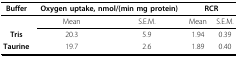
<table><thead><tr><td><b>Buffer</b></td><td colspan="2"><b>Oxygen uptake, nmol/(min mg protein)</b></td><td colspan="2"><b>RCR</b></td></tr></thead><tbody><tr><td></td><td>Mean</td><td>S.E.M.</td><td>Mean</td><td>S.E.M.</td></tr><tr><td><b>Tris</b></td><td>20.3</td><td>5.9</td><td>1.94</td><td>0.39</td></tr><tr><td><b>Taurine</b></td><td>19.7</td><td>2.6</td><td>1.89</td><td>0.40</td></tr></tbody></table>